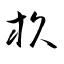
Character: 杦